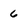
Character: 6